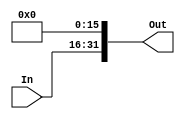
`timescale 1ns / 1ps
//////////////////////////////////////////////////////////////////////////////////
// Engineers: Sebastian Thiem, Brian Winkler
// % effort: Sebastian Thiem(50%), Brian Winkler(50%)
// 
// Module Name:    LowerHalfExtender 
// Project Name:   MIPS 32-bit Processor
//
// Description:    Extends a 16-bit input to a 32-bit output with 16 0's
//                 concattenated to the end.
//
//////////////////////////////////////////////////////////////////////////////////
module LowerHalfExtender(In, 
                            Out );
    (*keep = "true"*)
    
    input [15:0] In;
    output [31:0] Out;
    
    assign Out = {{In},{16'b0}};
    
endmodule